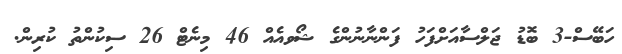
ހަބޭސް-3 ބޮޑު ޖަލްސާއަށްފަހު ފަންނާނުންގެ ޝޯވއެއް 46 މިނެޓް 26 ސިކުންތު ކުރިން.